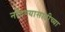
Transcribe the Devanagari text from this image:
नोंदण्यासाठीच्या